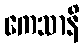
ကေသာနိ